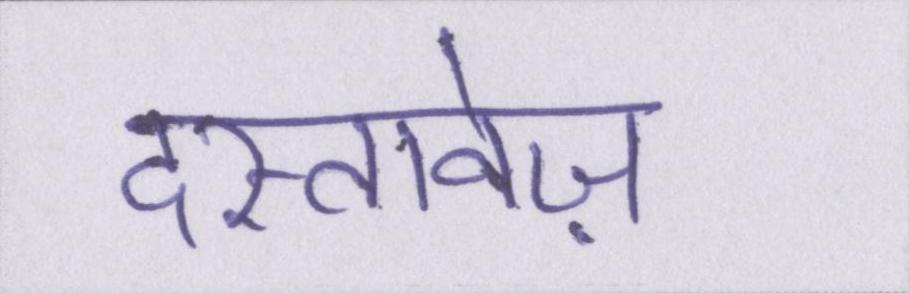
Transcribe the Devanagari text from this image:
दस्तावेज़